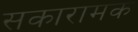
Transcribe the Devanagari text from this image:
सकारामक